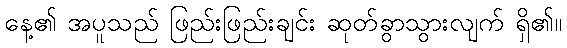
နေ့၏ အပူသည် ဖြည်းဖြည်းချင်း ဆုတ်ခွာသွားလျက် ရှိ၏။